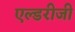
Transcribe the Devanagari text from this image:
एल्डरीजी